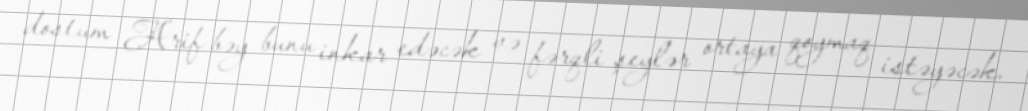
dostum Arif bəy bunu inkar edəcək və fərqli şeylər ortaya qoymaq istəyəcək.